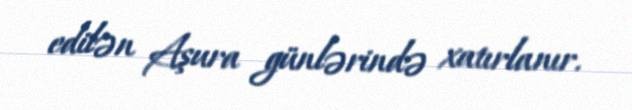
edilən Aşura günlərində xatırlanır.